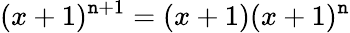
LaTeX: (x+1)^{\mathtt{n}+1}=(x+1)(x+1)^{\mathtt{n}}